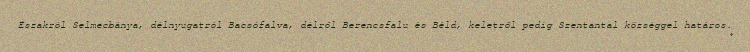
Északról Selmecbánya, délnyugatról Bacsófalva, délről Berencsfalu és Béld, keletről pedig Szentantal községgel határos.